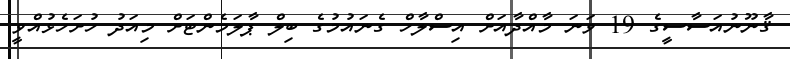
ޤާނޫނުއަސާސީގެ 19 ވަނަ މާއްދާއަށް އިސްލާހް ގެނައުމުގެ ބިލް ޕާލަމެންޓަށް މިއަދު ހުށަހެޅުއްވީ